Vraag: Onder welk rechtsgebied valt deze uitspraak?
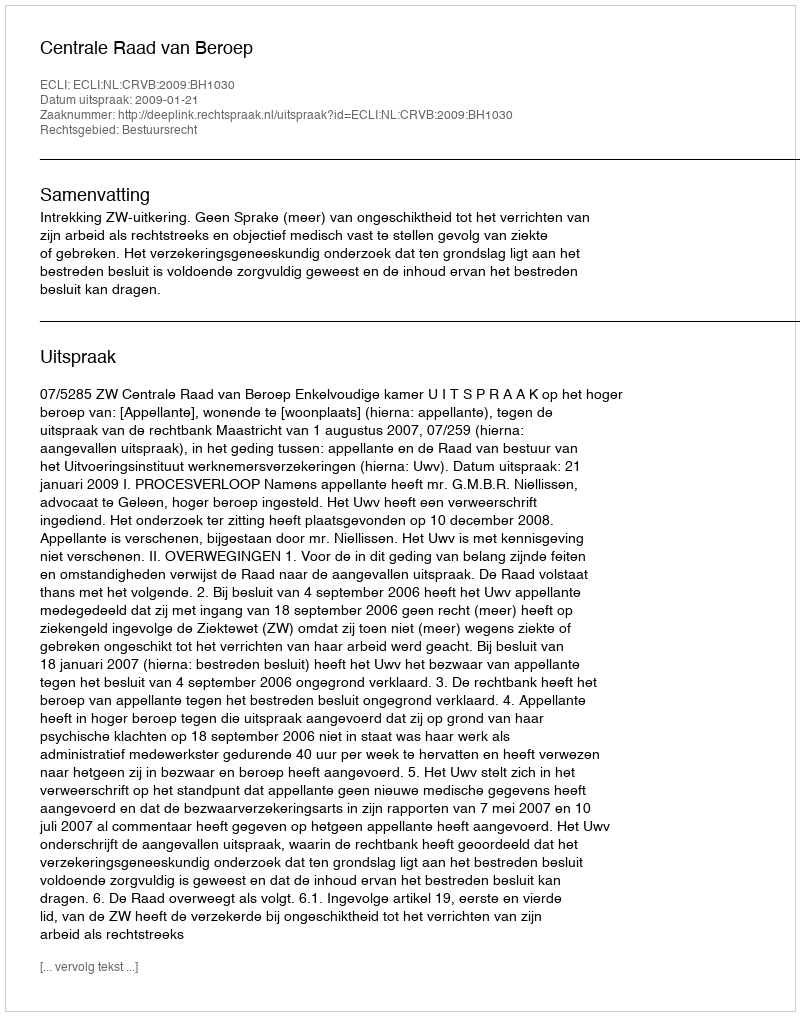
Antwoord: Bestuursrecht